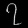
Digit: ၇